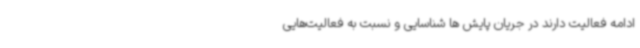
ادامه فعالیت دارند در جریان پایش ها شناسایی و نسبت به فعالیت‌هایی